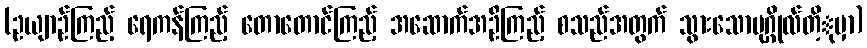
(ဥယျာဉ်ကြည့် ရေကန်ကြည့် တောတောင်ကြည့် အဆောက်အဦကြည့် စသည်အတွက် သွားသောပုဂ္ဂိုလ်တိ့ုမှာ)